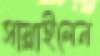
সাম্‌লাইলেন